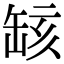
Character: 𦈲